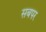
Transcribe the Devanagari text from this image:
सबपर